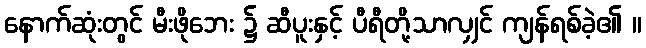
နောက်ဆုံးတွင် မီးဖိုဘေး ၌ ဆီပူးနှင့် ပီရီတို့သာလျှင် ကျန်ရစ်ခဲ့၏ ။